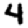
Digit: 4